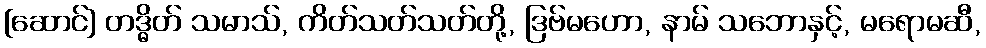
[ဆောင်] တဒ္ဓိတ် သမာသ်, ကိတ်သတ်သတ်တို့, ဒြဗ်မဟော, နာမ် သဘောနှင့်, မရောမဆီ,